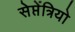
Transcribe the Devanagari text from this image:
सेप्तेंत्रियो